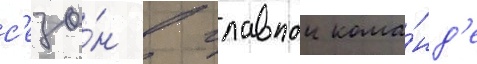
с'езо́н в главнои кома́нд'е